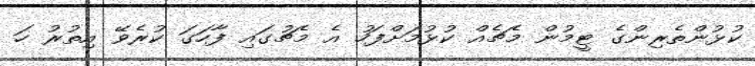
ކުޅުންތެރިންގެ ޓީމުން މެޗެއް ކުޅުމަށްފަހު އެ މެޗުގައި ފާހަގަ ކުރެވޭ އިތުރު ހަ